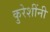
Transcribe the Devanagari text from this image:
कुरेशींनी